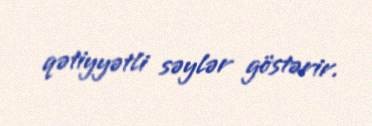
qətiyyətli səylər göstərir.